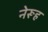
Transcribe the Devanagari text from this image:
नेरूह